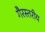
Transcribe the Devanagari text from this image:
गैरस्‍तरीय